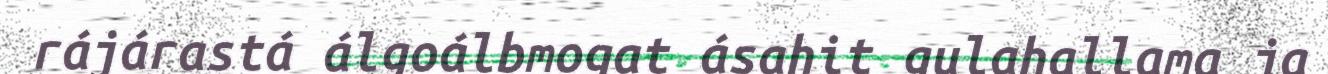
rájárastá álgoálbmogat ásahit gulahallama ja